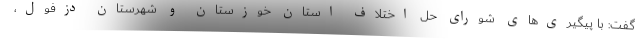
گفت: با پیگیری‌های شورای حل اختلاف استان خوزستان و شهرستان دزفول،